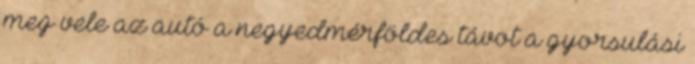
meg vele az autó a negyedmérföldes távot a gyorsulási